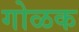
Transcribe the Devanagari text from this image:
गोळक